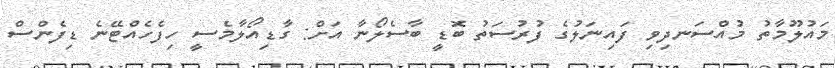
މައުލޫމާތު މުއްސަނދިވި ފައިނަލުގެ ފުރުސަތު ބޮޑީ ބާސެލޯނާ އަށް: ގާޑިއޯލާމެސީ ހިފެހެއްޓޭނެ ޑިފެންސް